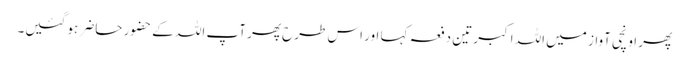
پھر اونچی آواز میں اللہ اکبر تین دفعہ کہا اور اس طرح پھر آپ اللہ کے حضور حاضر ہو گئیں۔